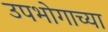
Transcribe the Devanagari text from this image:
उपभोगाच्या